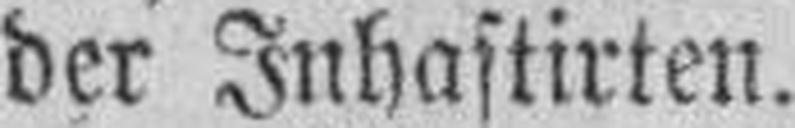
der Inhaftirten.